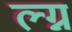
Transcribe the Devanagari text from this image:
ल्ग्न